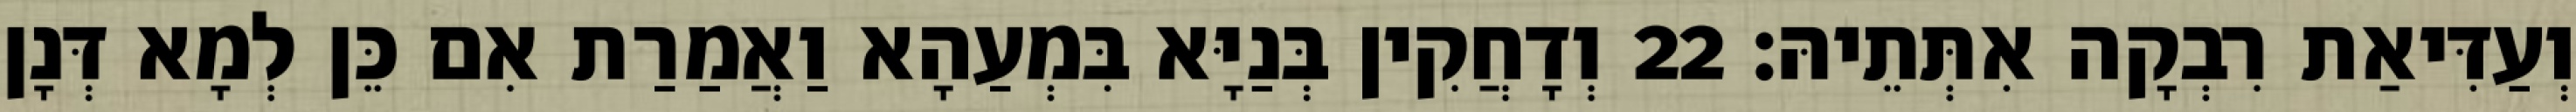
וְעַדִּיאַת רִבְקָה אִתְּתֵיהּ׃ 22 וְדָחֲקִין בְּנַיָּא בִּמְעַהָא וַאֲמַרַת אִם כֵּן לְמָא דְּנָן